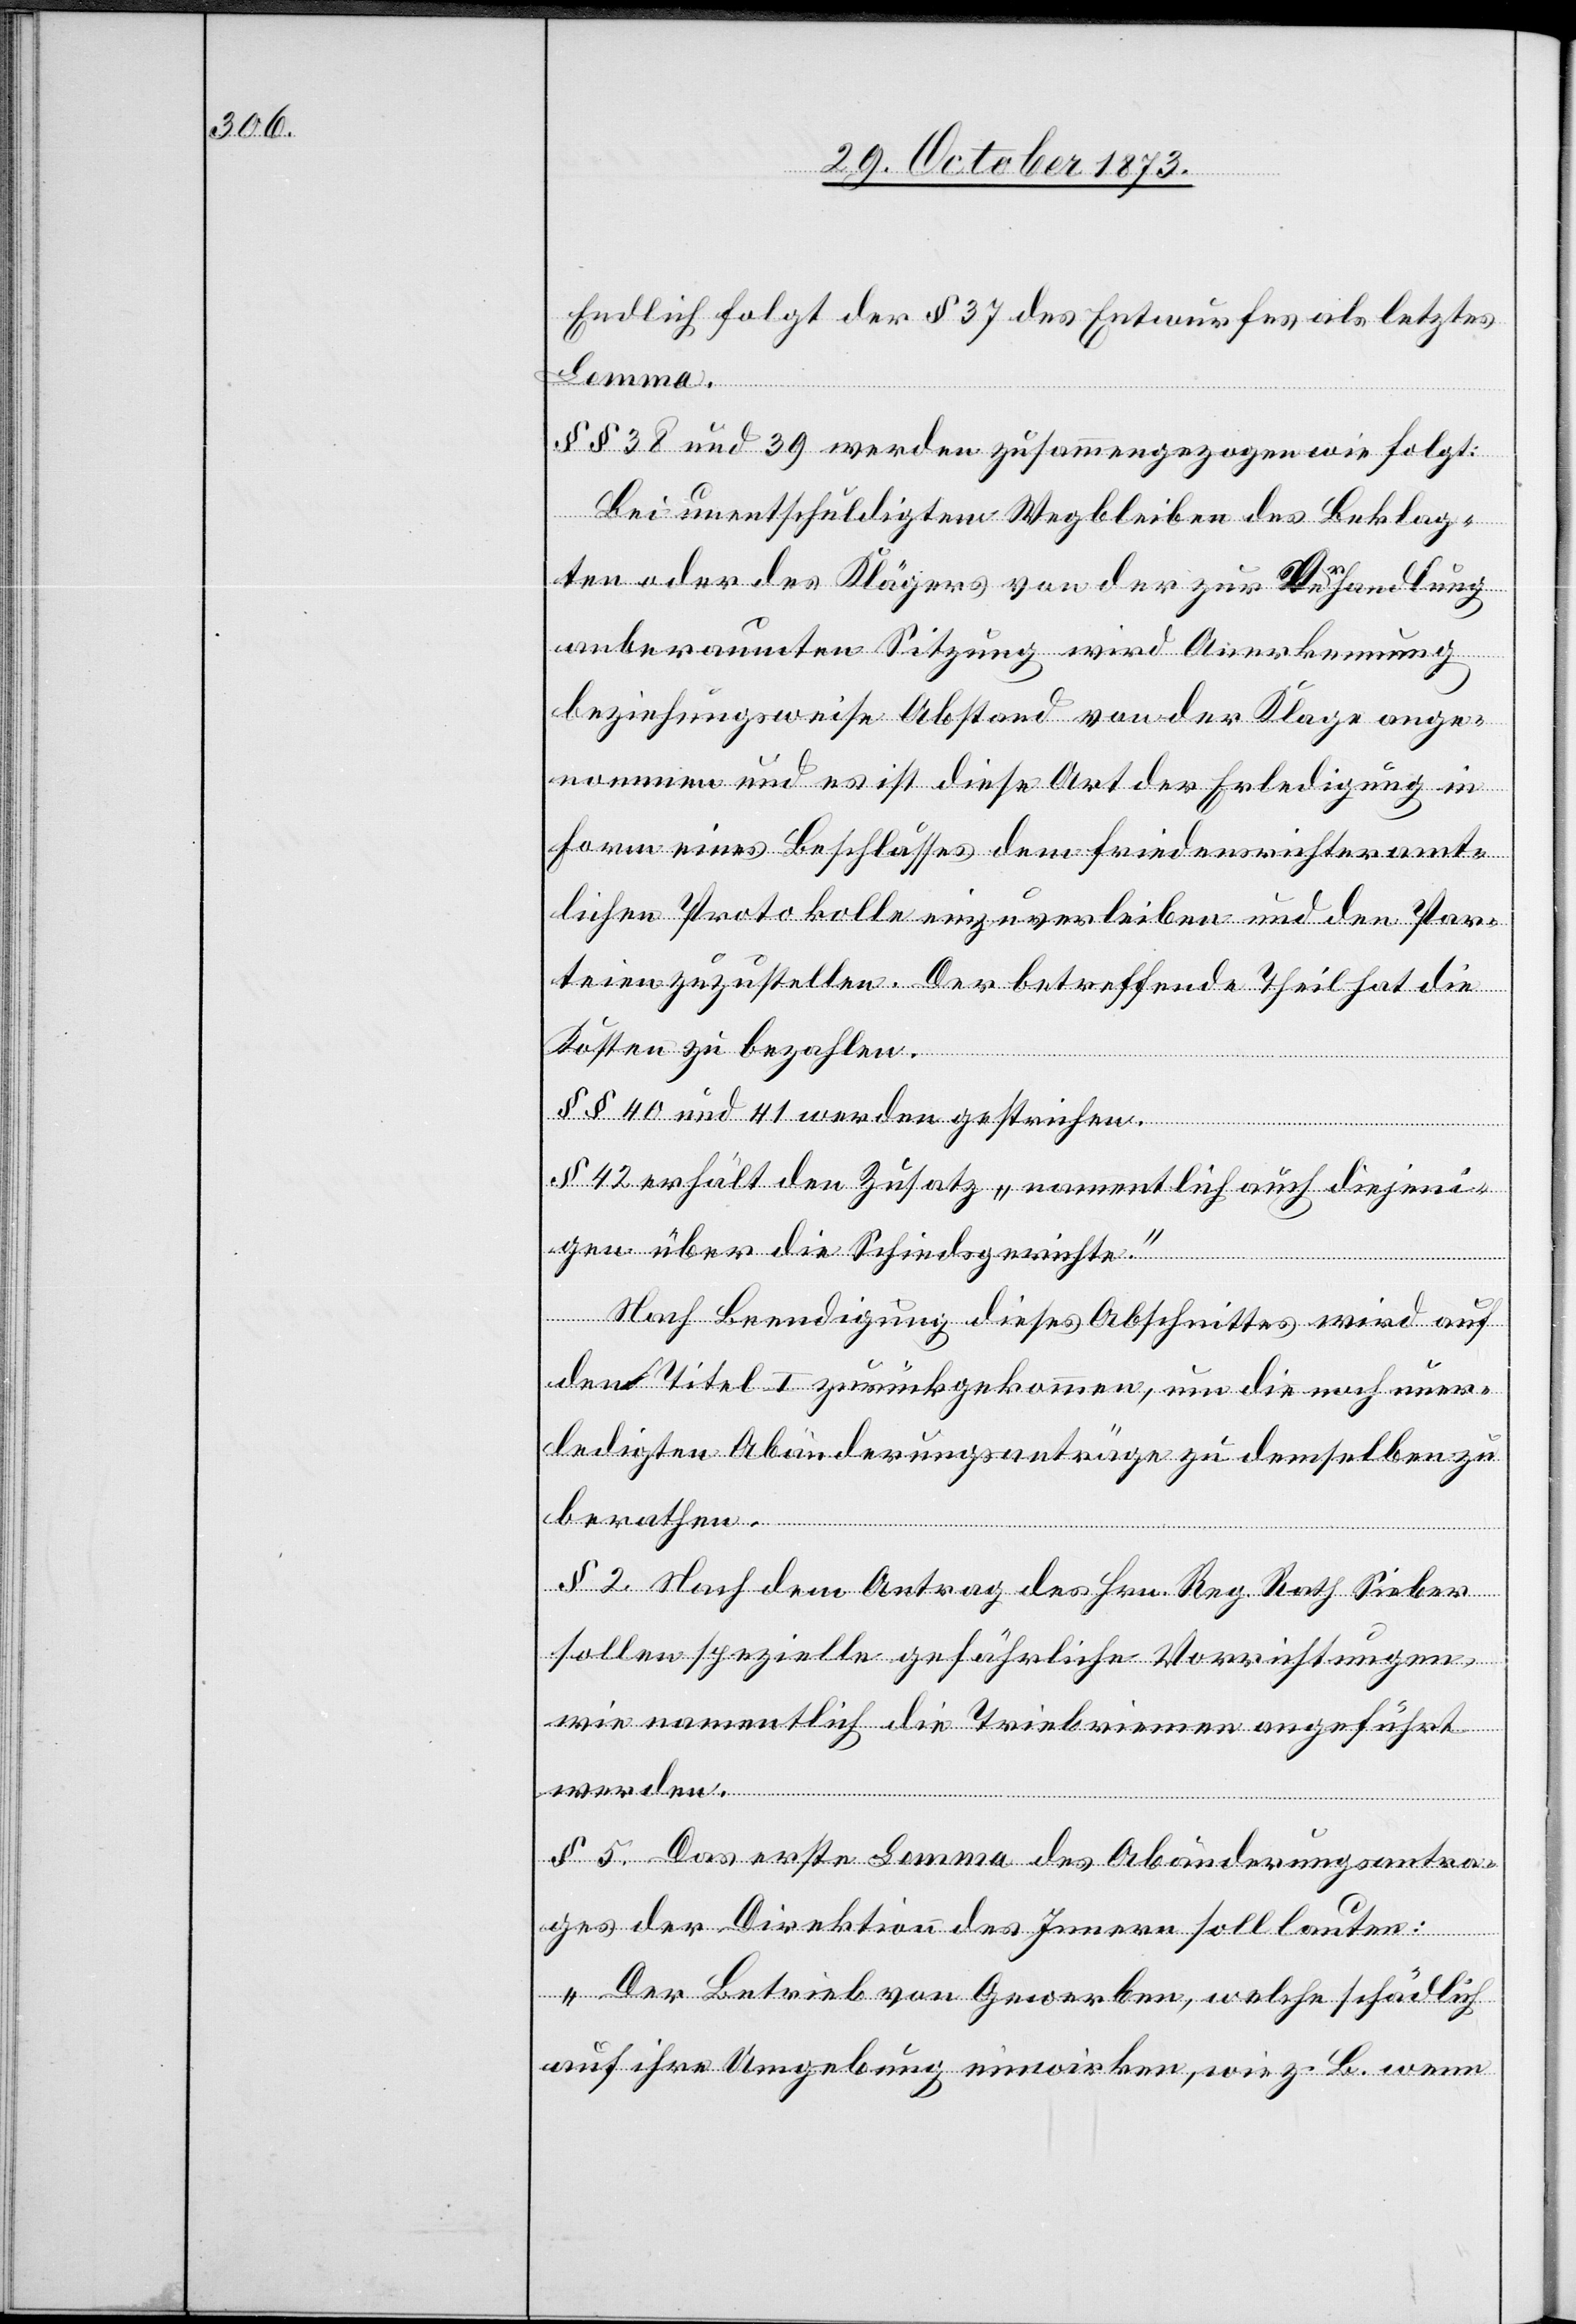
Endlich folgt der § 37 des Entwurfes als letztes
Lemma.
§§ 38 und 39 werden zusammengezogen wie folgt:
Bei unentschuldigtem Wegbleiben des Beklag¬
ten oder des Klägers von der zur Verhandlung
anberaumten Sitzung wird Anerkennung
beziehungsweise Abstand von der Klage ange¬
nommen und es ist diese Art der Erledigung in
Form eines Beschlusses dem friedensrichteramt¬
lichen Protokolle einzuverleiben und den Par¬
teien zuzustellen. Der betreffende Theil hat die
Kosten zu bezahlen.
§§ 40 und 41 werden gestrichen.
§ 42 erhält den Zusatz „namentlich auch diejeni¬
gen über die Schiedsgerichte“.
Nach Beendigung dieses Abschnittes wird auf
den Titel I zurückgekommen, um die noch uner¬
ledigten Abänderungsanträge zu demselben zu
berathen.
§ 2. Nach dem Antrag des Hrn. Reg. Rath Sieber
sollen spezielle gefährliche Vorrichtungen,
wie namentlich die Triebriemen angeführt
werden.
§ 5. Das erste Lemma des Abänderungsantra¬
ges der Direktion des Innern soll lauten:
„Der Betrieb von Gewerben, welche schädlich
auf ihre Umgebung einwirken, wie z. B. wenn